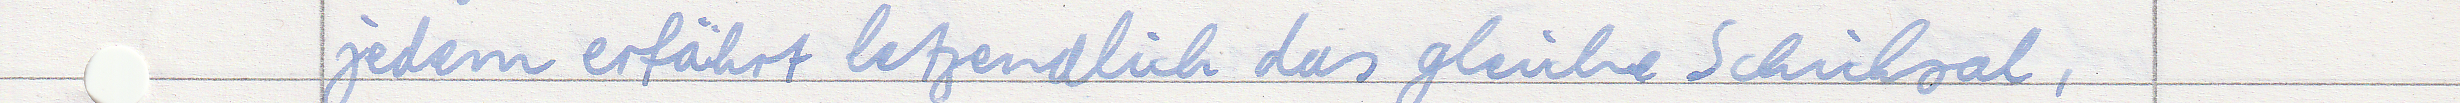
jedem erfärhrt letztendlich das gleiche Schicksal,